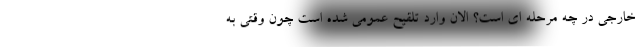
خارجی در چه مرحله ای است؟ الان وارد تلقیح عمومی شده است چون وقتی به